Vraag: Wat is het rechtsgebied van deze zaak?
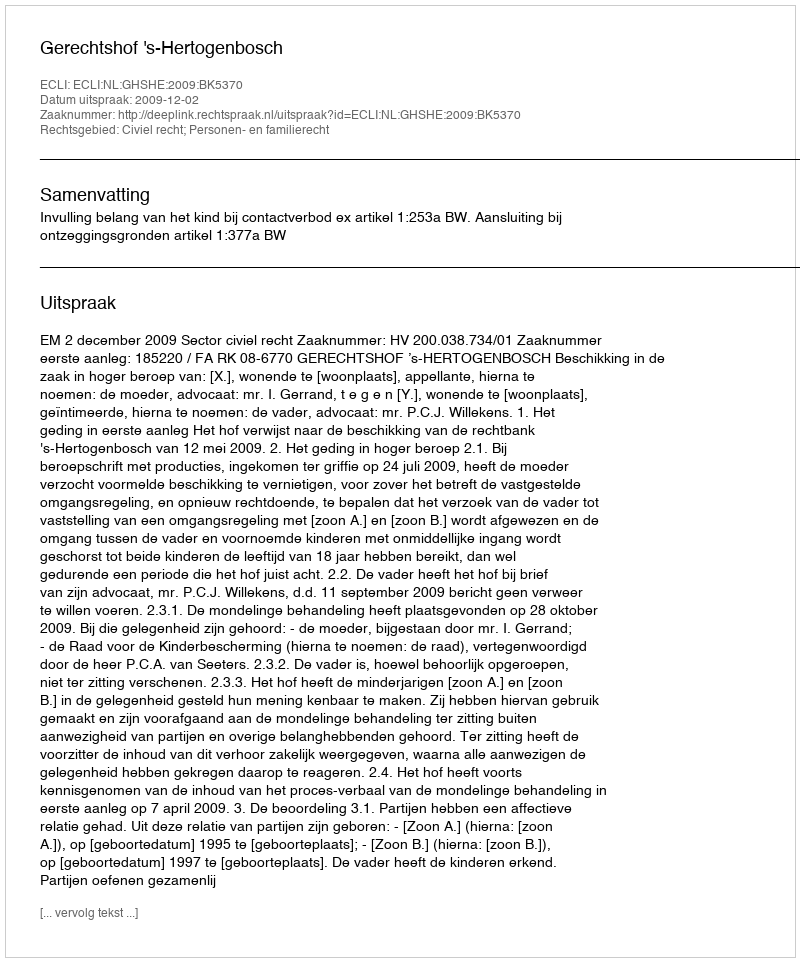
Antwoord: Civiel recht; Personen- en familierecht